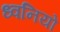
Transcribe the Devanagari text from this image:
ध्‍वनियों